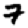
Digit: 7